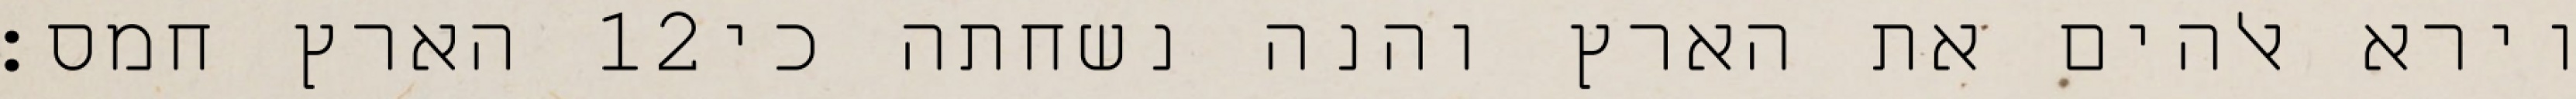
הארץ חמס׃ ‎12‏ וירא אלהים את הארץ והנה נשחתה כי